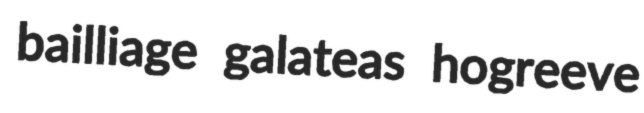
bailliage galateas hogreeve